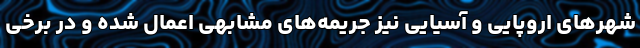
شهرهای اروپایی و آسیایی نیز جریمه‌های مشابهی اعمال شده و در برخی